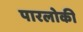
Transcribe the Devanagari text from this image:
पारलोकी